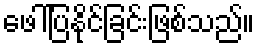
ဖေါ်ပြနိုင်ခြင်းဖြစ်သည်။